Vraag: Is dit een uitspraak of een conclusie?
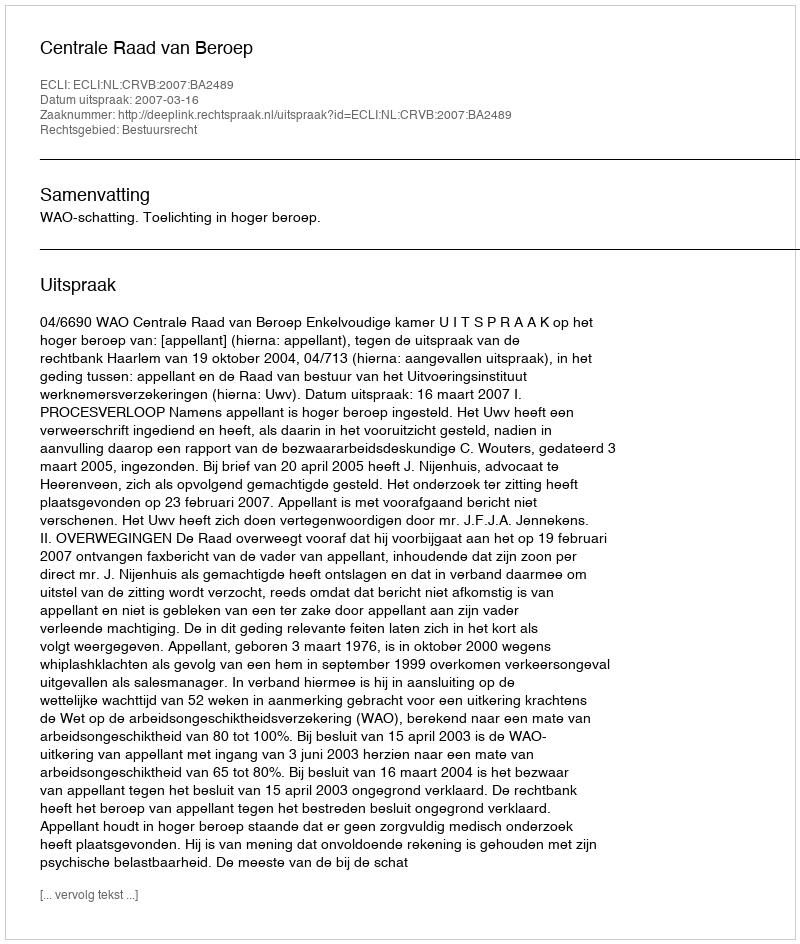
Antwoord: Uitspraak